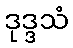
ဒုဒ္ဒသံ